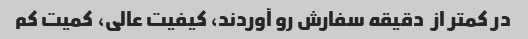
در کمتر از  دقیقه سفارش رو آوردند، کیفیت عالی، کمیت کم